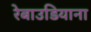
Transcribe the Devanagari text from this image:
रेबाउडियाना